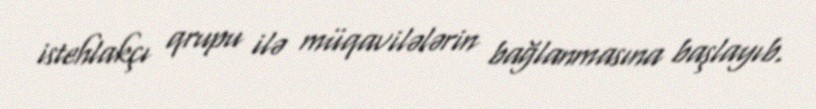
istehlakçı qrupu ilə müqavilələrin bağlanmasına başlayıb.